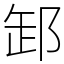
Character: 䣃